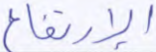
الإرتفاع